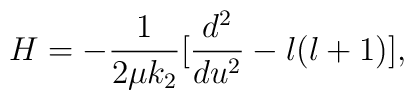
H=-\frac{1}{2\mu k_2}[\frac{d^2}{du^2}-l(l+1)],